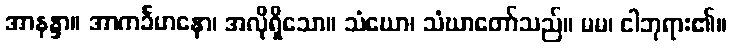
အာနန္ဒာ။ အာကင်္ခမာနော၊ အလိုရှိသော။ သံဃော၊ သံဃာတော်သည်။ မမ၊ ငါဘုရား၏။